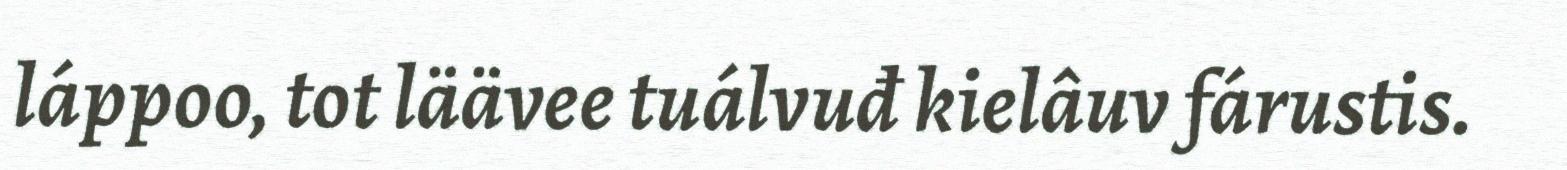
láppoo, tot läävee tuálvuđ kielâuv fárustis.